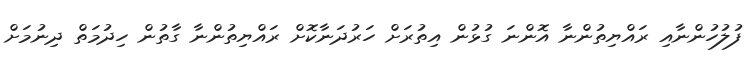
ފުލުހުންނާއި ރައްޔިތުންނާ އޮންނަ ގުޅުން އިތުރަށް ހަރުދަނާކޮށް ރައްޔިތުންނާ ގާތުން ހިދުމަތް ދިނުމަށް